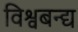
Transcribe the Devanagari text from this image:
विश्वबन्द्य